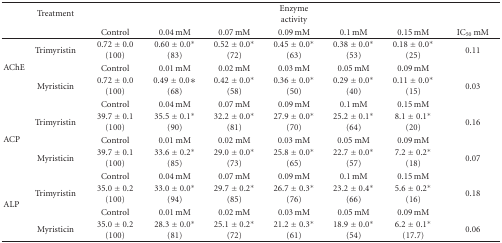
<table><thead><tr><td></td><td><b>Treatment</b></td><td></td><td></td><td></td><td><b>Enzyme activity</b></td><td></td><td></td><td></td></tr><tr><td></td><td></td><td><b>Control</b></td><td><b>0.04 mM</b></td><td><b>0.07 mM</b></td><td><b>0.09 mM</b></td><td><b>0.1 mM</b></td><td><b>0.15 mM</b></td><td><b>IC<sub>50</sub> mM</b></td></tr></thead><tbody><tr><td rowspan="4">AChE</td><td>Trimyristin</td><td>0.72 ± 0.0 (100)</td><td>0.60 ± 0.0* (83)</td><td>0.52 ± 0.0* (72)</td><td>0.45 ± 0.0* (63)</td><td>0.38 ± 0.0* (53)</td><td>0.18 ± 0.0* (25)</td><td>0.11</td></tr><tr><td></td><td>Control</td><td>0.01 mM</td><td>0.02 mM</td><td>0.03 mM</td><td>0.05 mM</td><td>0.09 mM</td><td></td></tr><tr><td>Myristicin</td><td>0.72 ± 0.0 (100)</td><td>0.49 ± 0.0∗ (68)</td><td>0.42 ± 0.0* (58)</td><td>0.36 ± 0.0* (50)</td><td>0.29 ± 0.0* (40)</td><td>0.11 ± 0.0* (15)</td><td>0.03</td></tr><tr><td></td><td>Control</td><td>0.04 mM</td><td>0.07 mM</td><td>0.09 mM</td><td>0.1 mM</td><td>0.15 mM</td><td></td></tr><tr><td rowspan="4">ACP</td><td>Trimyristin</td><td>39.7 ± 0.1 (100)</td><td>35.5 ± 0.1* (90)</td><td>32.2 ± 0.0* (81)</td><td>27.9 ± 0.0* (70)</td><td>25.2 ± 0.1* (64)</td><td>8.1 ± 0.1* (20)</td><td>0.16</td></tr><tr><td></td><td>Control</td><td>0.01 mM</td><td>0.02 mM</td><td>0.03 mM</td><td>0.05 mM</td><td>0.09 mM</td><td></td></tr><tr><td>Myristicin</td><td>39.7 ± 0.1 (100)</td><td>33.6 ± 0.2* (85)</td><td>29.0 ± 0.0* (73)</td><td>25.8 ± 0.0* (65)</td><td>22.7 ± 0.0* (57)</td><td>7.2 ± 0.2* (18)</td><td>0.07</td></tr><tr><td></td><td>Control</td><td>0.04 mM</td><td>0.07 mM</td><td>0.09 mM</td><td>0.1 mM</td><td>0.15 mM</td><td></td></tr><tr><td rowspan="3">ALP</td><td>Trimyristin</td><td>35.0 ± 0.2 (100)</td><td>33.0 ± 0.0* (94)</td><td>29.7 ± 0.2* (85)</td><td>26.7 ± 0.3* (76)</td><td>23.2 ± 0.4* (66)</td><td>5.6 ± 0.2* (16)</td><td>0.18</td></tr><tr><td></td><td>Control</td><td>0.01 mM</td><td>0.02 mM</td><td>0.03 mM</td><td>0.05 mM</td><td>0.09 mM</td><td></td></tr><tr><td>Myristicin</td><td>35.0 ± 0.2 (100)</td><td>28.3 ± 0.0* (81)</td><td>25.1 ± 0.2* (72)</td><td>21.2 ± 0.3* (61)</td><td>18.9 ± 0.0* (54)</td><td>6.2 ± 0.1* (17.7)</td><td>0.06</td></tr></tbody></table>